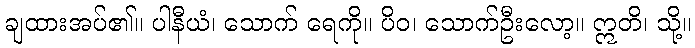
ချထားအပ်၏။ ပါနီယံ၊ သောက် ရေကို။ ပိဝ၊ သောက်ဦးလော့။ ဣတိ၊ သို့။